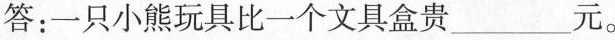
答：一只小熊玩具比一个文具盒贵___元。